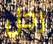
رجل